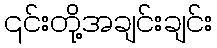
၎င်းတို့အချင်းချင်း